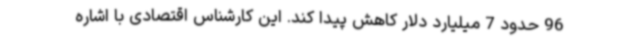
96 حدود 7 میلیارد دلار کاهش پیدا کند. این کارشناس اقتصادی با اشاره